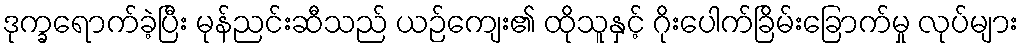
ဒုက္ခရောက်ခဲ့ပြီး မုန်ညင်းဆီသည် ယဉ်ကျေး၏ ထိုသူနှင့် ဂိုးပေါက်ခြိမ်းခြောက်မှု လုပ်များ